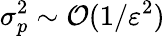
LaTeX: \sigma_{p}^{2}\sim\mathcal{O}(1/\varepsilon^{2})